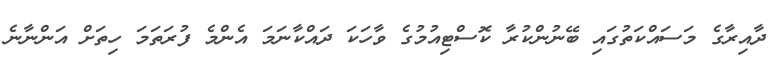
ދާއިރާގެ މަސައްކަތުގައި ބޭނުންކުރާ ކޮސްޓިއުމުގެ ވާހަކަ ދައްކާނަމަ އެންމެ ފުރަތަމަ ހިތަށް އަންނާނެ